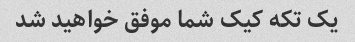
یک تکه کیک شما موفق خواهید شد